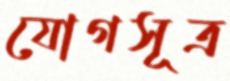
যোগসূত্র